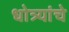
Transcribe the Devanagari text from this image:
धोत्र्यांचे